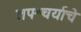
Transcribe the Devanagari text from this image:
तपश्चर्याचे